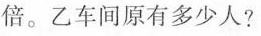
倍。乙车间原有多少人?